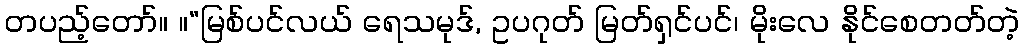
တပည့်တော်။ ။“မြစ်ပင်လယ် ရေသမုဒ်, ဥပဂုတ် မြတ်ရှင်ပင်၊ မိုးလေ နိုင်စေတတ်တဲ့